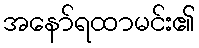
အနော်ရထာမင်း၏